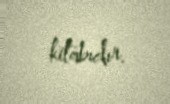
kitabıdır.